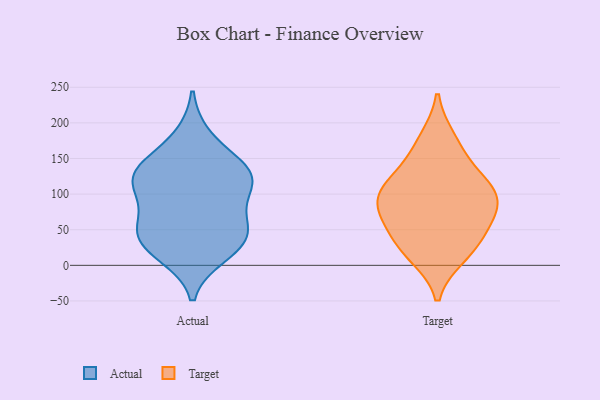
{"axis": {"x": "Customer Acquisition Cost (USD)", "y": "Value"}, "legend": ["Actual", "Target"], "data": [{"x": "", "y": 58, "type": "Actual"}, {"x": "", "y": 16, "type": "Actual"}, {"x": "", "y": 62, "type": "Actual"}, {"x": "", "y": 136, "type": "Actual"}, {"x": "", "y": 44, "type": "Actual"}, {"x": "", "y": 129, "type": "Actual"}, {"x": "", "y": 102, "type": "Actual"}, {"x": "", "y": 126, "type": "Actual"}, {"x": "", "y": 131, "type": "Actual"}, {"x": "", "y": 29, "type": "Actual"}, {"x": "", "y": 179, "type": "Actual"}, {"x": "", "y": 110, "type": "Actual"}, {"x": "", "y": 33, "type": "Actual"}, {"x": "", "y": 112, "type": "Target"}, {"x": "", "y": 114, "type": "Target"}, {"x": "", "y": 22, "type": "Target"}, {"x": "", "y": 96, "type": "Target"}, {"x": "", "y": 82, "type": "Target"}, {"x": "", "y": 12, "type": "Target"}, {"x": "", "y": 49, "type": "Target"}, {"x": "", "y": 55, "type": "Target"}, {"x": "", "y": 179, "type": "Target"}, {"x": "", "y": 147, "type": "Target"}, {"x": "", "y": 85, "type": "Target"}]}